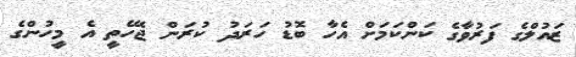
ޒައުލްގެ ފަރުވާގެ ކަންކަމަށް އެހާ ބޮޑު ހަރަދު ކުރަން ޖެހޭތީ އެ މީހުންގެ